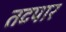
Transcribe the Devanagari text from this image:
तटपार